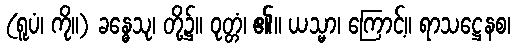
(ရူပံ၊ ကို။) ခန္ဓေသု၊ တို့၌။ ဝုတ္တံ၊ ၏။ ယသ္မာ၊ ကြောင့်။ ရာသဋ္ဌေနစ၊